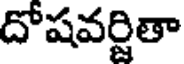
దోషవర్జితా